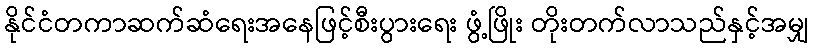
နိုင်ငံတကာဆက်ဆံရေးအနေဖြင့်စီးပွားရေး ဖွံ့ဖြိုး တိုးတက်လာသည်နှင့်အမျှ